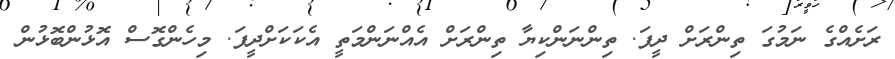
ރަށެއްގެ ނަމުގަ ތިންރަށް ދީފަ. ތިންނަންކިޔާ ތިންރަށް އެއްނަންމަތީ އެކަކަށްދީފަ. މިހެންގޮސް އޮޅުންބޮޅުން